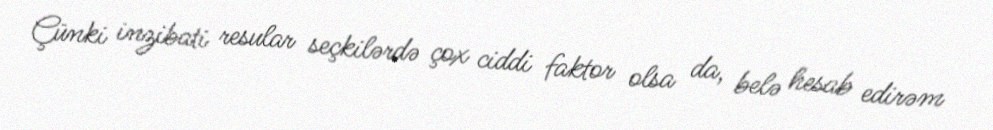
Çünki inzibati resular seçkilərdə çox ciddi faktor olsa da, belə hesab edirəm